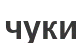
чуки